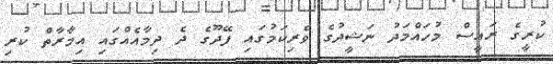
ކުރީގެ ރައީސް މުހައްމަދު ނަޝީދުގެ ވެރިކަމުގައި ފޭދޫގެ ދެ ދިމާއެއްގައި އިމާރާތް ކުރި